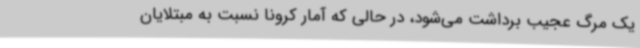
یک مرگ عجیب برداشت می‌شود، در حالی‌ که آمار کرونا نسبت به مبتلایان